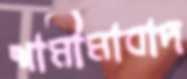
শামীমাবাদ